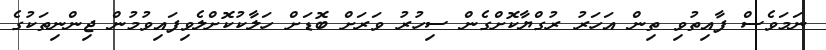
ނަމަވެސް ފާއިތުވި ތިން އަހަރު ރުގްޔާކޮށްގެން ސިހުރު ވަރަށް ބޮޑަށް ހަލާކުކޮށްލެވިފައިވުމުން ޖިންނިތަކުގެ